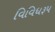
વિવિધરૂપ